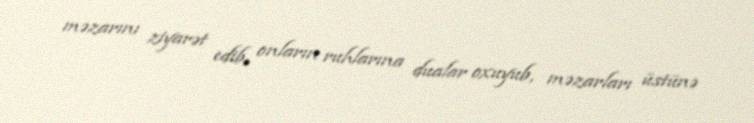
məzarını ziyarət edib, onların ruhlarına dualar oxuyub, məzarları üstünə